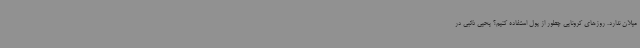
میلان ندارد. روزهای کرونایی چطور از پول استفاده کنیم؟ یحیی ذائبی در